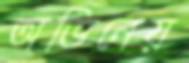
অভিনেয়